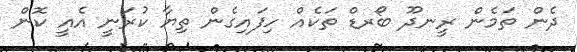
ދެން ތަމެން ރީނދޫ ބޯރޑް ތަކެއް ހިފައިގެން ތިޔާ ކުރަނީ އެއީ ކޮން